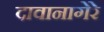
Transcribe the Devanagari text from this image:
दावानागेरे